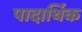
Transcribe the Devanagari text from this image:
पादार्थिक